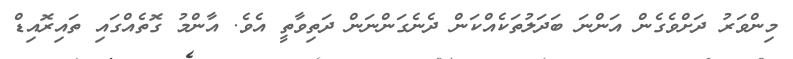
މިންވަރު ދަށްވެގެން އަންނަ ބަދަލުތަކެއްކަން ދެނެގަންނަން ދަތިވާތީ އެވެ. އާންމު ގޮތެއްގައި ތައިރޮއިޑް